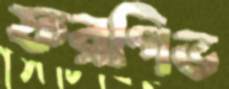
ফরগিভ